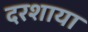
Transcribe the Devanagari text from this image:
दरशाया